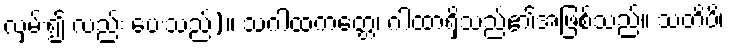
လှမ်း၍ လည်း ပေးသည်)။ သဂါထကတ္တေ၊ ဂါထာရှိသည်၏အဖြစ်သည်။ သတိပိ၊